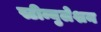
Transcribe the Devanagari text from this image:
स्टीम्युलेशन